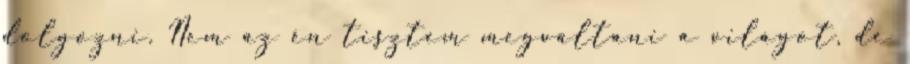
dolgozni. Nem az én tisztem megváltani a világot, de